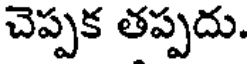
చెప్పక తప్పదు.